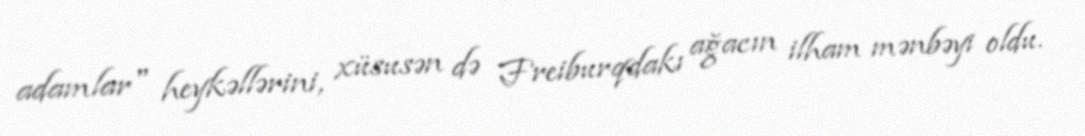
adamlar" heykəllərini, xüsusən də Freiburqdakı ağacın ilham mənbəyi oldu.